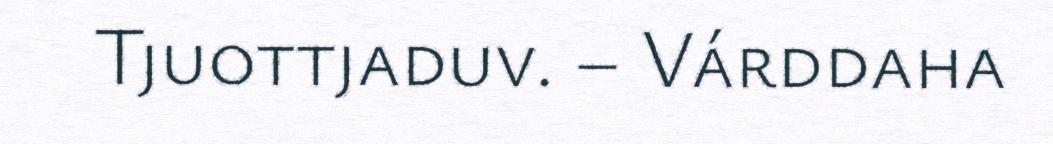
Tjuottjaduv. – Várddaha